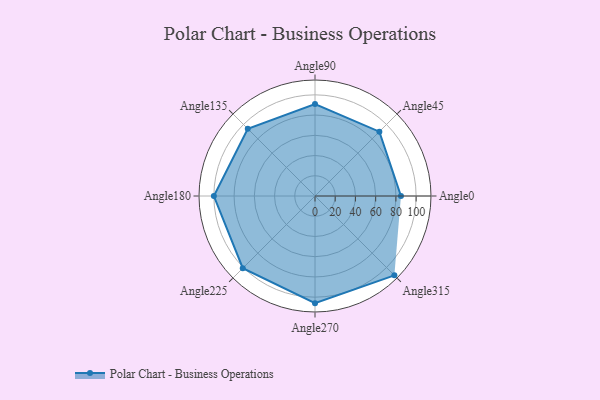
{"axis": {"x": "Angle", "y": "Radius"}, "legend": [""], "data": [{"x": "Angle0", "y": 85.0, "type": ""}, {"x": "Angle45", "y": 90.0, "type": ""}, {"x": "Angle90", "y": 91.0, "type": ""}, {"x": "Angle135", "y": 94.0, "type": ""}, {"x": "Angle180", "y": 100.0, "type": ""}, {"x": "Angle225", "y": 101.0, "type": ""}, {"x": "Angle270", "y": 106.0, "type": ""}, {"x": "Angle315", "y": 111.0, "type": ""}]}